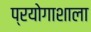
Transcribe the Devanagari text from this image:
प्रयोगाशाला